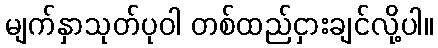
မျက်နှာသုတ်ပုဝါ တစ်ထည်ငှားချင်လို့ပါ။